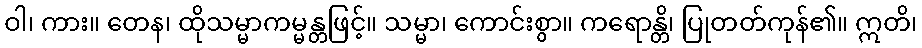
ဝါ၊ ကား။ တေန၊ ထိုသမ္မာကမ္မန္တဖြင့်။ သမ္မာ၊ ကောင်းစွာ။ ကရောန္တိ၊ ပြုတတ်ကုန်၏။ ဣတိ၊